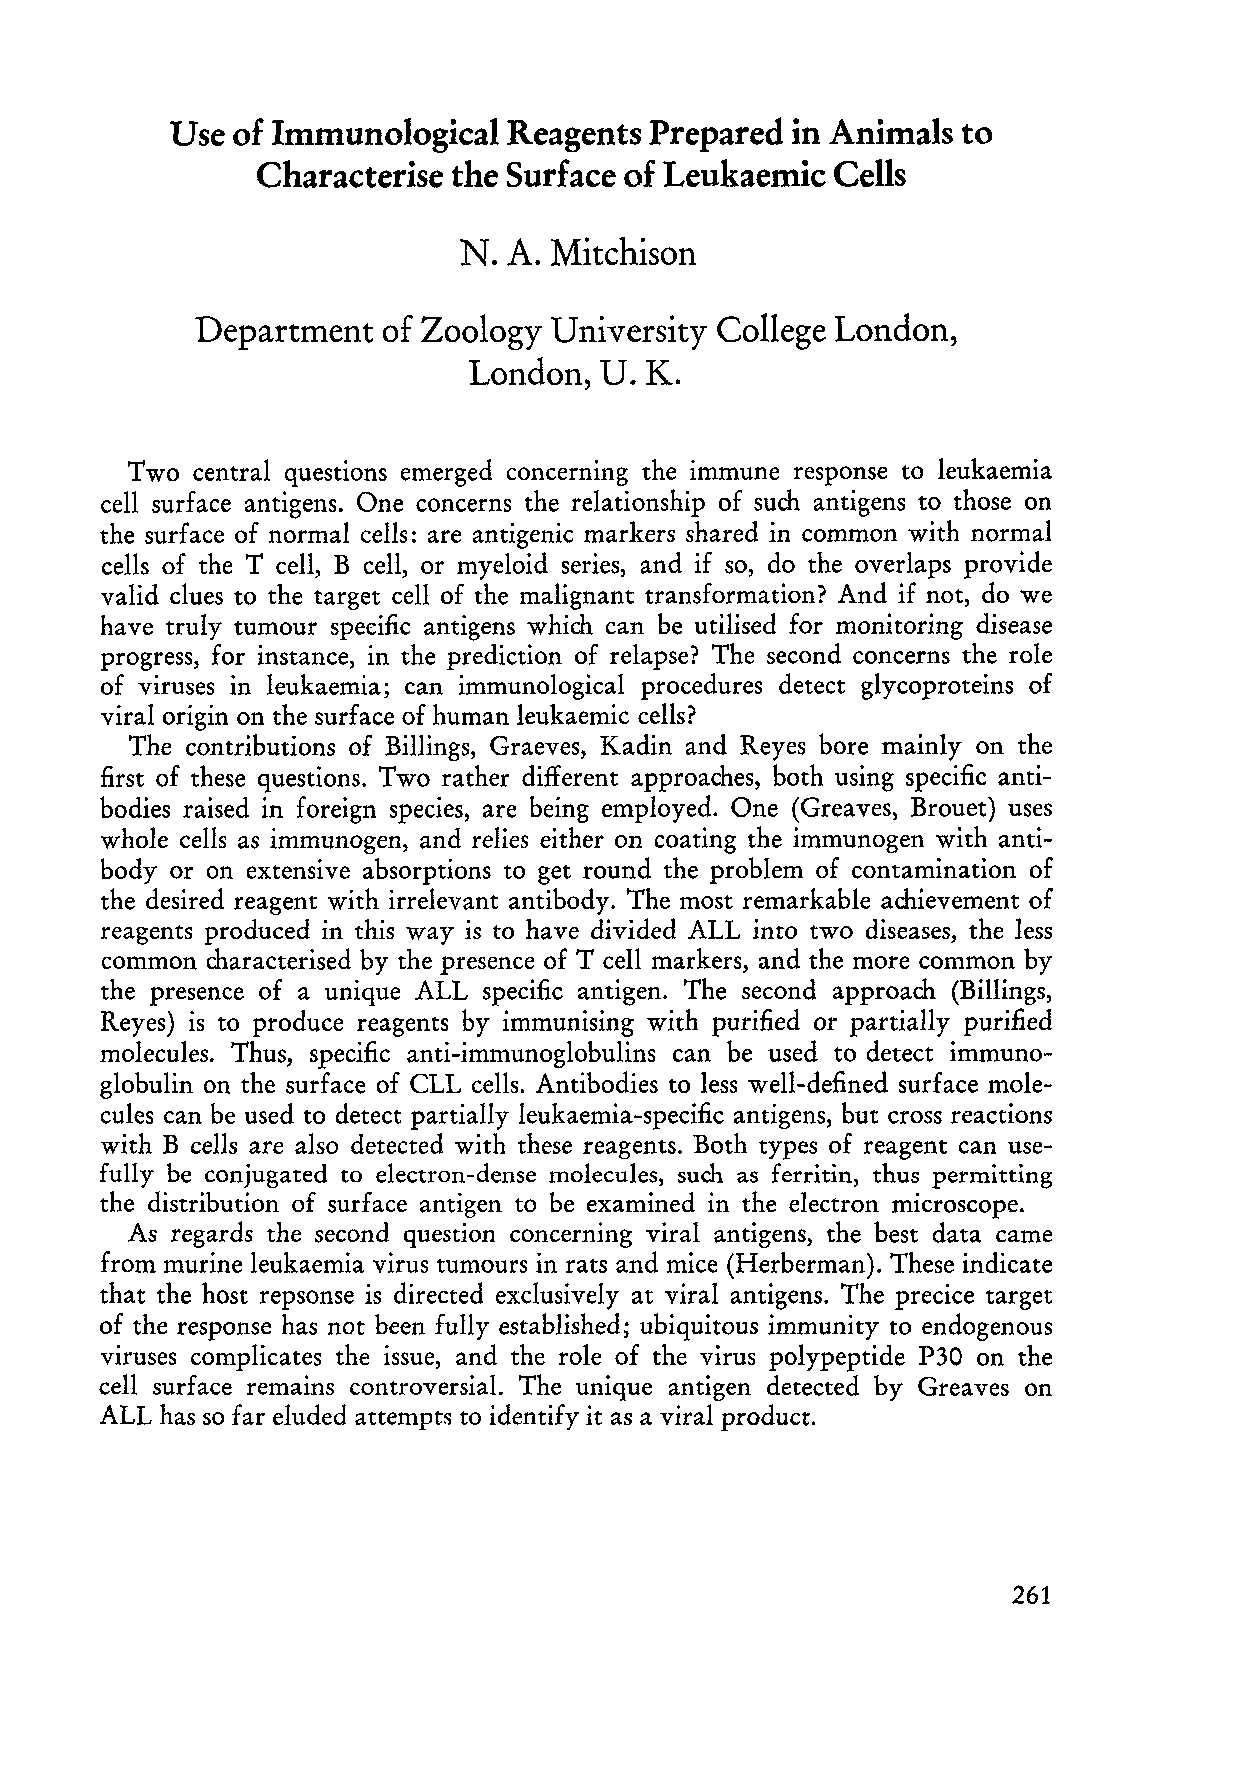
Use of Immunological   Reagents Prepared in Animals  to
 Characterise the Surface of Leukaemic Cells
 N.  A. Mitchison
 Department  of Zoology University College London,
 London,  U. K.
 Two  central questions emerged concerning the immune response to leukaemia
 cell surface antigens. One concerns the relations hip of such antigens to those on
 the surface of normal ceIls: are antigenic markers shared in common with normal
 cells of the T ceIl, B ceIl, or myeloid series, and if so, do the overlaps provide
 valid clues to the target cell of the malignant transformation? And if not, do we
 have truly tumour specific antigens which can be utilised for monitoring disease
 progress, for instance, in the prediction of relapse? The second concerns the role
 of viruses in leukaemia; can immunological procedures detect gIycoproteins of
 viral origin on the surface of human leukaemic ceIls?
 The contributions of Billings, Graeves, Kadin and Reyes bore mainly on the
 first of these questions. Two rather different approaches, both using specific anti
 bodies raised in foreign species, are being employed. One (Greaves, Brouet) uses
 whole ceIls as immunogen, and relies either on coating the immunogen with anti
 body or on extensive absorptions to get round the problem of contamination of
 the desired reagent with irrelevant antibody. The most remarkable achievement of
 reagents produced in this way is to have divided ALL into two diseases, the less
 common characterised by the presence of T cell markers, and the more common by
 the presence of a unique ALL specific antigen. The second approach (Billings,
 Reyes) is to pro du ce reagents by immunising with purified or partially purified
 molecules. Thus, specific anti-immunoglobulins can be used to detect immuno
 globulin on the surface of CLL cells. Antibodies to less well-defined surface rnole
 cules can be used to detect partially leukaernia-specific antigens, but cross reactions
 with B cells are also detected with these reagents. Both types of reagent can use
 fully be conjugated to electron-dense rnolecules, such as ferritin, thus permitting
 the distribution of surface antigen to be examined in the electron microscope.
 As regards the second question concerning viral antigens, the best data came
 frorn rnurine leukaernia virus tumours in rats and mice (Herberman). These indicate
 that the host repsonse is directed exclusively at viral antigens. The precice target
 of the response has not been fully established; ubiquitous immunity to endogenous
 viruses cornplicates the issue, and the role of the virus polypeptide P30 on the
 ceIl surface rernains controversial. The unique antigen detected by Greaves on
 ALL has so far eluded attempts to identify it as a viral product.
 261